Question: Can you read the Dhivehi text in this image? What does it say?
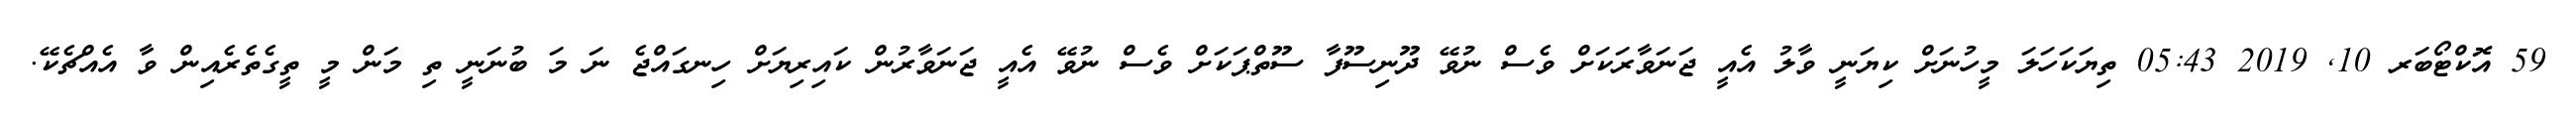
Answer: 59 އޮކްޓޯބަރ 10, 2019 05:43 ތިޔަކަހަލަ މީހުނަށް ކިޔަނީ ވާލު އެއީ ޖަނަވާރަކަށް ވެސް ނުވޭ ދޫނިސޫފާ ސޫތްޕަކަށް ވެސް ނުވޭ އެއީ ޖަނަވާރުން ކައިރިޔަށް ހިނގައްޖެ ނަ މަ ބުނަނީ ތި މަން މީ ތީގެތެރެއިން ވާ އެއްޗެކޭ.